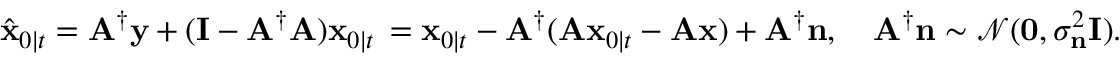
\hat { \mathbf { x } } _ { 0 \mid t } = \mathbf { A } ^ { \dagger } \mathbf { y } + ( \mathbf { I } - \mathbf { A } ^ { \dagger } \mathbf { A } ) \mathbf { x } _ { 0 \mid t } \, = \mathbf { x } _ { 0 \mid t } - \mathbf { A } ^ { \dagger } ( \mathbf { A } \mathbf { x } _ { 0 \mid t } - \mathbf { A } \mathbf { x } ) + \mathbf { A } ^ { \dagger } \mathbf { n } , \quad \mathbf { A } ^ { \dagger } \mathbf { n } \sim \mathcal { N } ( \mathbf { 0 } , \sigma _ { \mathbf { n } } ^ { 2 } \mathbf { I } ) .